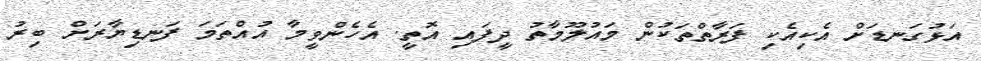
އަޅުގަނޑަށް އެކިއެކި ފަރާތްތަކުން މައުލޫމާތު ދީފައި އޮތީ. އެހެންވީމާ އުއްތަމަ ފަނޑިޔާރަށް ބިރު